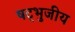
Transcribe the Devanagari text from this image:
षट्भुजीय